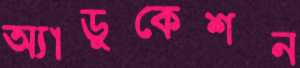
অ্যাডুকেশন